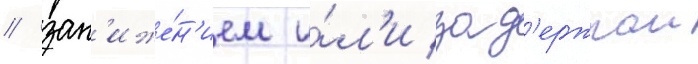
/ зан'иже́н'ием и́л'и зад'ержкои